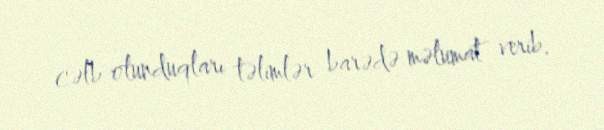
cəlb olunduqları təlimlər barədə məlumat verib.